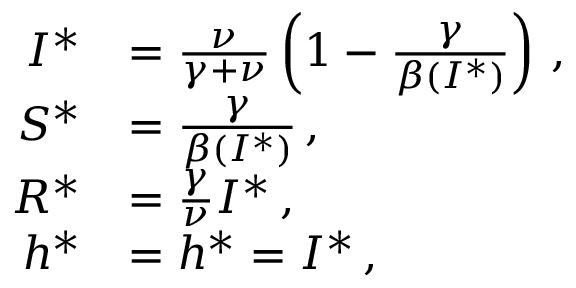
\begin{array} { r l } { I ^ { * } } & { = \frac { \nu } { \gamma + \nu } \left( 1 - \frac { \gamma } { \beta ( I ^ { * } ) } \right) \, , } \\ { S ^ { * } } & { = \frac { \gamma } { \beta ( I ^ { * } ) } \, , } \\ { R ^ { * } } & { = \frac { \gamma } { \nu } I ^ { * } \, , } \\ { h ^ { * } } & { = h ^ { * } = I ^ { * } \, , } \end{array}